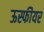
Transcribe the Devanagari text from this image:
ऊस्फीयर